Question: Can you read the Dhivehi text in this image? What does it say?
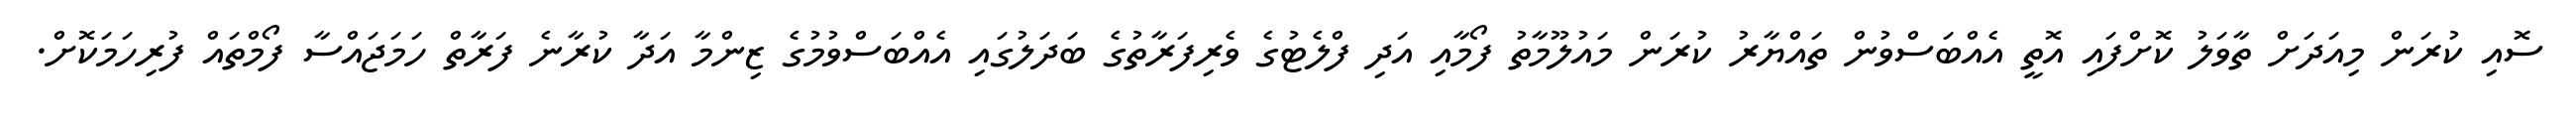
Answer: ސޮއި ކުރަން މިއަދަށް ތާވަލު ކޮށްފައި އޮތީ އެއްބަސްވުން ތައްޔާރު ކުރަން މައުލޫމާތު ފޯމާއި އަދި ފްލެޓުގެ ވެރިފަރާތުގެ ބަދަލުގައި އެއްބަސްވުމުގެ ޒިންމާ އަދާ ކުރާނެ ފަރާތް ހަމަޖައްސާ ފޯމްތައް ފުރިހަމަކޮށް.